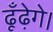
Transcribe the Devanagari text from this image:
ढूँढ़ेगे।